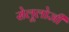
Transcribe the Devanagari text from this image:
सेलूलोजी